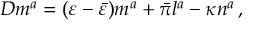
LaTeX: D m ^ { a } = ( \varepsilon - { \bar { \varepsilon } } ) m ^ { a } + { \bar { \pi } } l ^ { a } - \kappa n ^ { a } \, ,